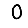
Digit: 0